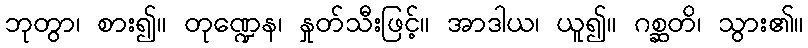
ဘုတွာ၊ စား၍။ တုဏ္ဍေန၊ နှုတ်သီးဖြင့်။ အာဒါယ၊ ယူ၍။ ဂစ္ဆတိ၊ သွား၏။